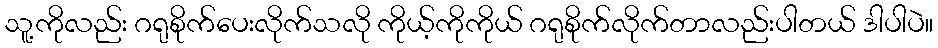
သူ့ကိုလည်း ဂရုစိုက်ပေးလိုက်သလို ကိုယ့်ကိုကိုယ် ဂရုစိုက်လိုက်တာလည်းပါတယ် ဒါပါပဲ။